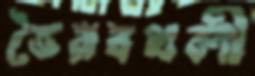
ভৈরবথলী